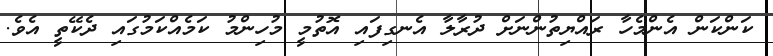
ކަންކަން އެންމެހާ ރައްޔިތުންނަށް ދުރާލާ އެނގިފައި އޮތުމީ މުހިންމު ކަމެއްކަމުގައި ދެކޭތީ އެވެ.